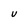
Character: U